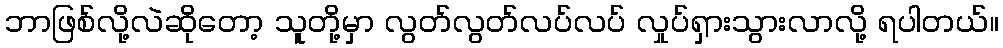
ဘာဖြစ်လို့လဲဆိုတော့ သူတို့မှာ လွတ်လွတ်လပ်လပ် လှုပ်ရှားသွားလာလို့ ရပါတယ်။